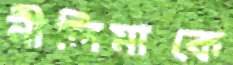
নীলিমাকে